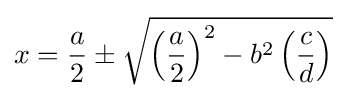
x={\frac {a}{2}}\pm {\sqrt {\left({\frac {a}{2}}\right)^{2}-b^{2}\left({\frac {c}{d}}\right)}}